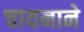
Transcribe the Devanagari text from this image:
चायनाने